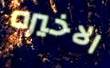
الاخيره